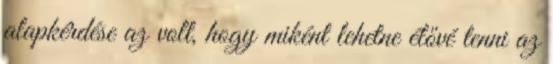
alapkérdése az volt, hogy miként lehetne élővé tenni az